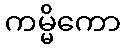
ကမ္မိကော